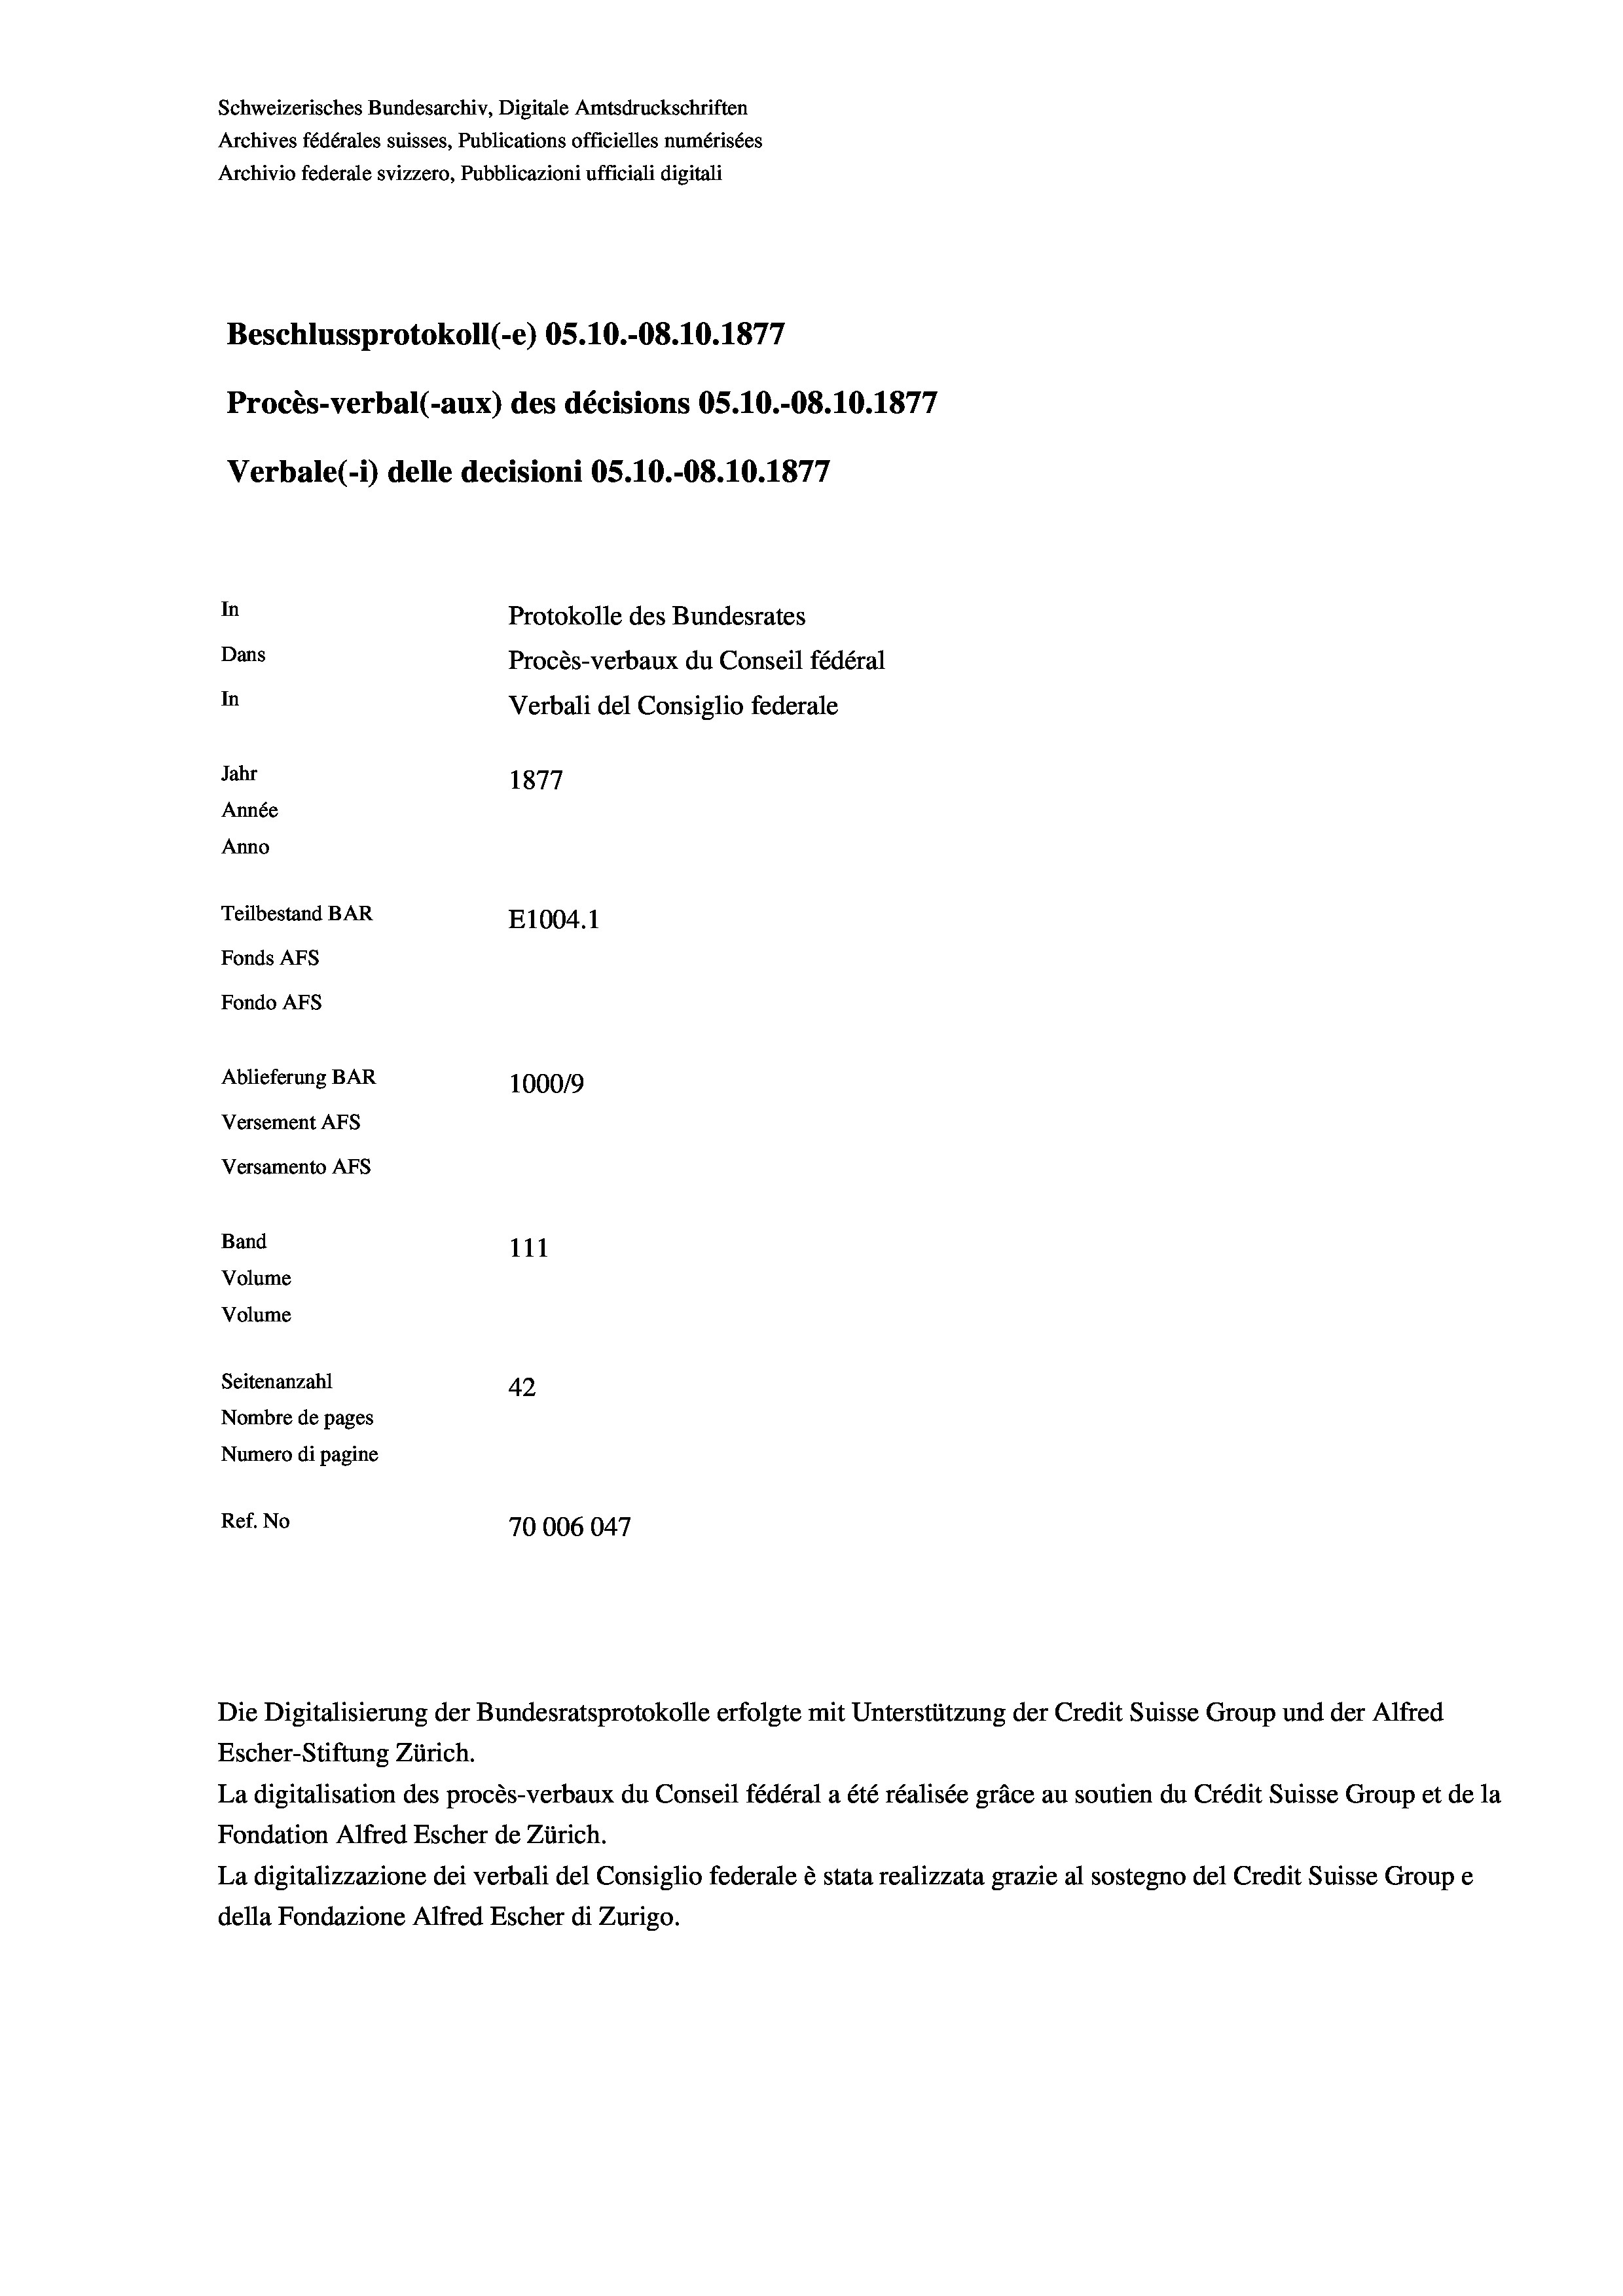
Schweizerisches Bundesarchiv, Digitale Amtsdruckschriften
Archives fédérales suisses, Publications officielles numérisées
Archivio federale svizzero, Pubblicazioni ufficiali digitali
Beschlussprotokoll (-e) OS.10.-08.10.1877
Procès-verbal (-aux) des décisions OS.10.-O8.10.1877
Verbale (- 1) delle decisioni OS.10.-O8.10.1877
In
Protokolle des Bundesrates
Dans
Procès-verbaux du Conseil fédéral
In
Verbali del Consiglio federale
Jahr
1877
Année
Anno
Teilbestand BAR
E1004. 1
Fonds AFs
Fondo AFS
Ablieferung BAR
100019
Versement AFs
Versamento AFs
Band
111

Volume
Seitenanzahl
42
Nombre de pages
Numero di pagine
Ref. No
70006047

Volume

Escher-Stiftung Zürich.
La digitalisation des procès-verbaux du Conseil fédéral a été réalisée gräce au soutien du Crédit Suisse Group et de la
Fondation Alfred Escher de Zürich.
La digitalizzazione dei verbali del Consiglio federale è stata realizzata grazie al sostegno del Credit Suisse Groupe
della Fondazione Alfred Escher di Zurigo.

Die Digitalisierung der Bundesratsprotokolle erfolgte mit Unterstützung der Credit Suisse Group und der Alfred